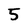
Character: 5